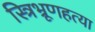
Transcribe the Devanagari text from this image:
स्त्रिभ्रूणहत्या